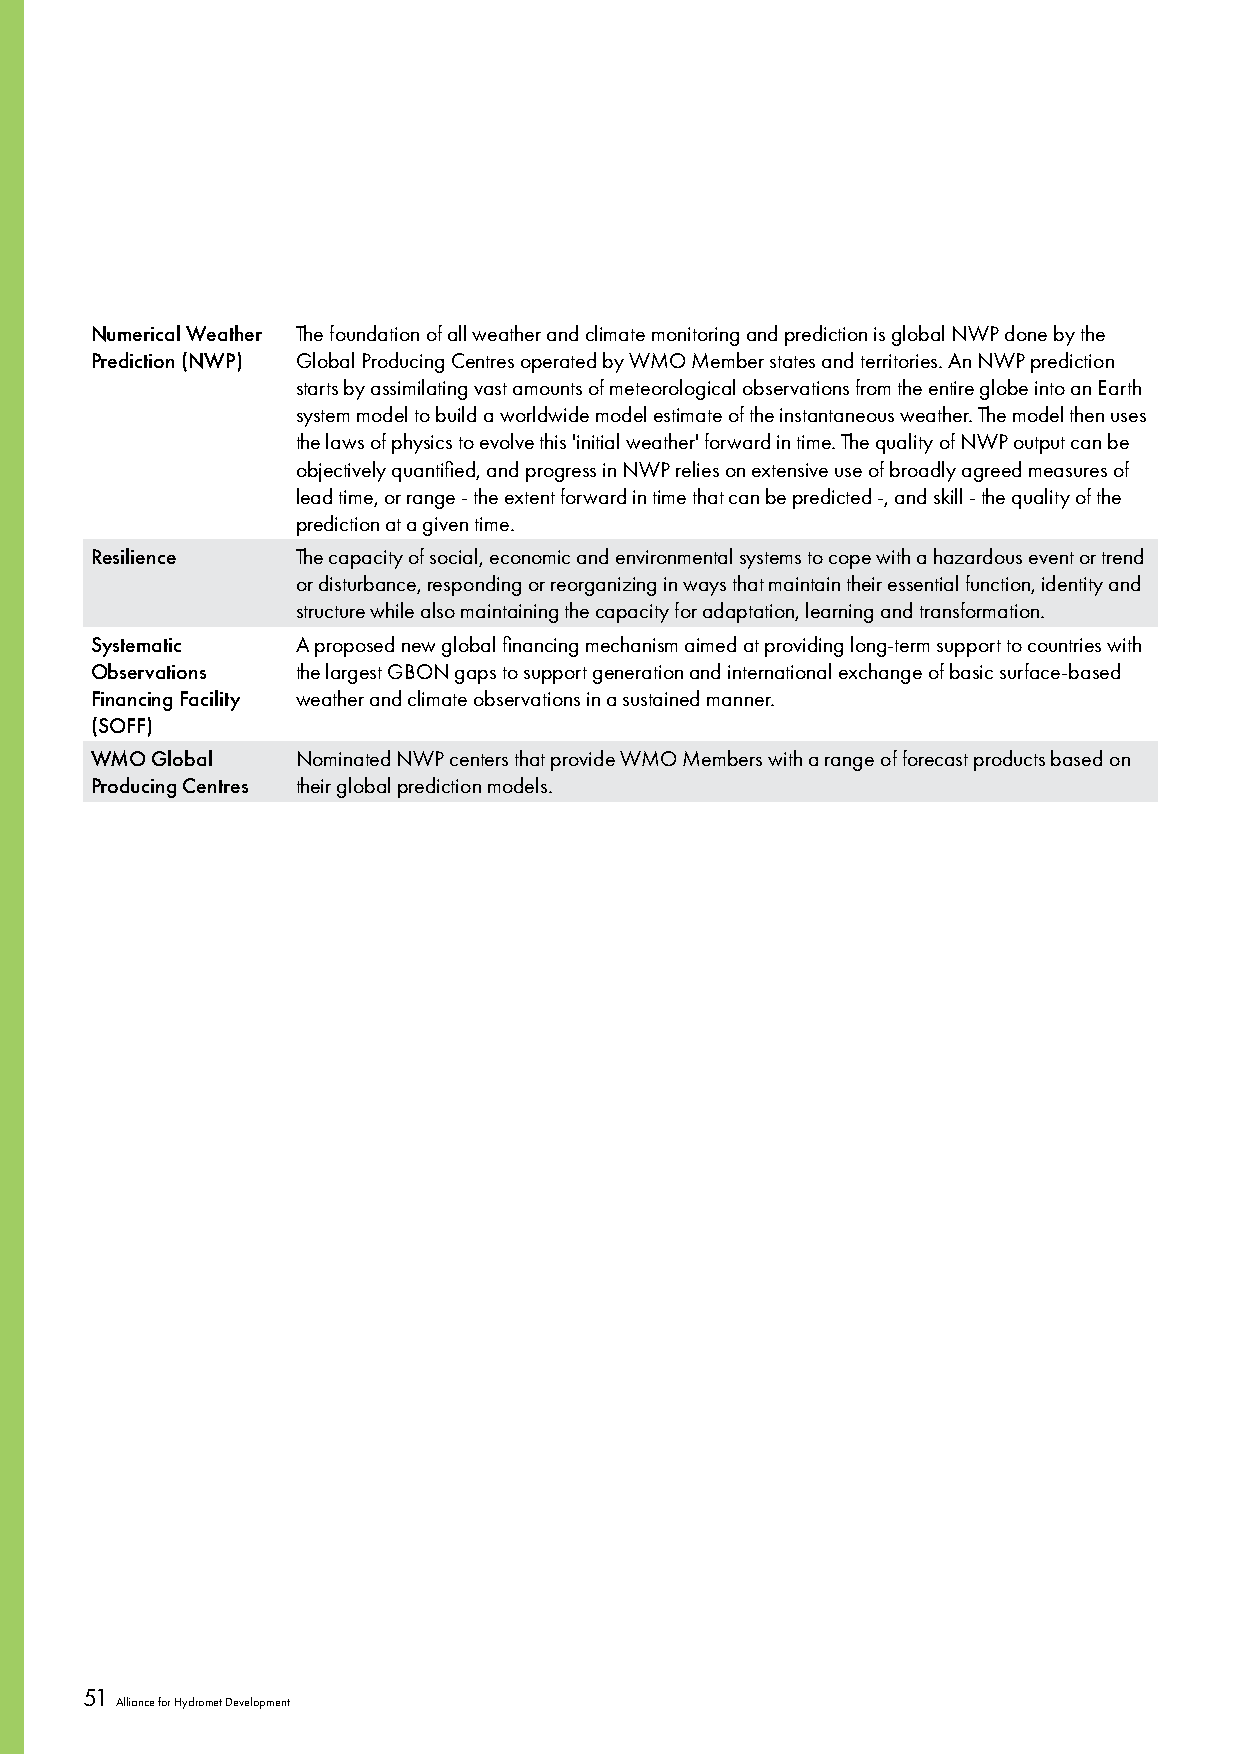
Numerical Weather The foundation of all weather and climate monitoring and prediction is global NWP done by the
 Prediction (NWP) Global Producing Centres operated by WMO Member states and territories. An NWP prediction
 starts by assimilating vast amounts of meteorological observations from the entire globe into an Earth
 system model to build a worldwide model estimate of the instantaneous weather. The model then uses
 the laws of physics to evolve this 'initial weather' forward in time. The quality of NWP output can be
 objectively quantified, and progress in NWP relies on extensive use of broadly agreed measures of
 lead time, or range - the extent forward in time that can be predicted -, and skill - the quality of the
 prediction at a given time.
 Resilience    The capacity of social, economic and environmental systems to cope with a hazardous event or trend
 or disturbance, responding or reorganizing in ways that maintain their essential function, identity and
 structure while also maintaining the capacity for adaptation, learning and transformation.
 Systematic    A proposed new global financing mechanism aimed at providing long-term support to countries with
 Observations  the largest GBON gaps to support generation and international exchange of basic surface-based
 Financing Facility weather and climate observations in a sustained manner.
 (SOFF)
 WMO Global    Nominated NWP centers that provide WMO Members with a range of forecast products based on
 Producing Centres their global prediction models.
 51
 Alliance for Hydromet Development